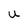
Character: u